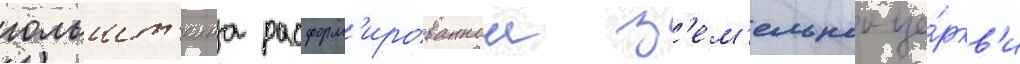
гольшт'еина расформ'ированнои з'ем'ельнои це́ркв'и